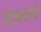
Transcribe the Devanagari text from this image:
उद्धवाचे